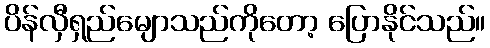
ပိန်လှီရှည်မျောသည်ကိုတော့ ပြောနိုင်သည်။